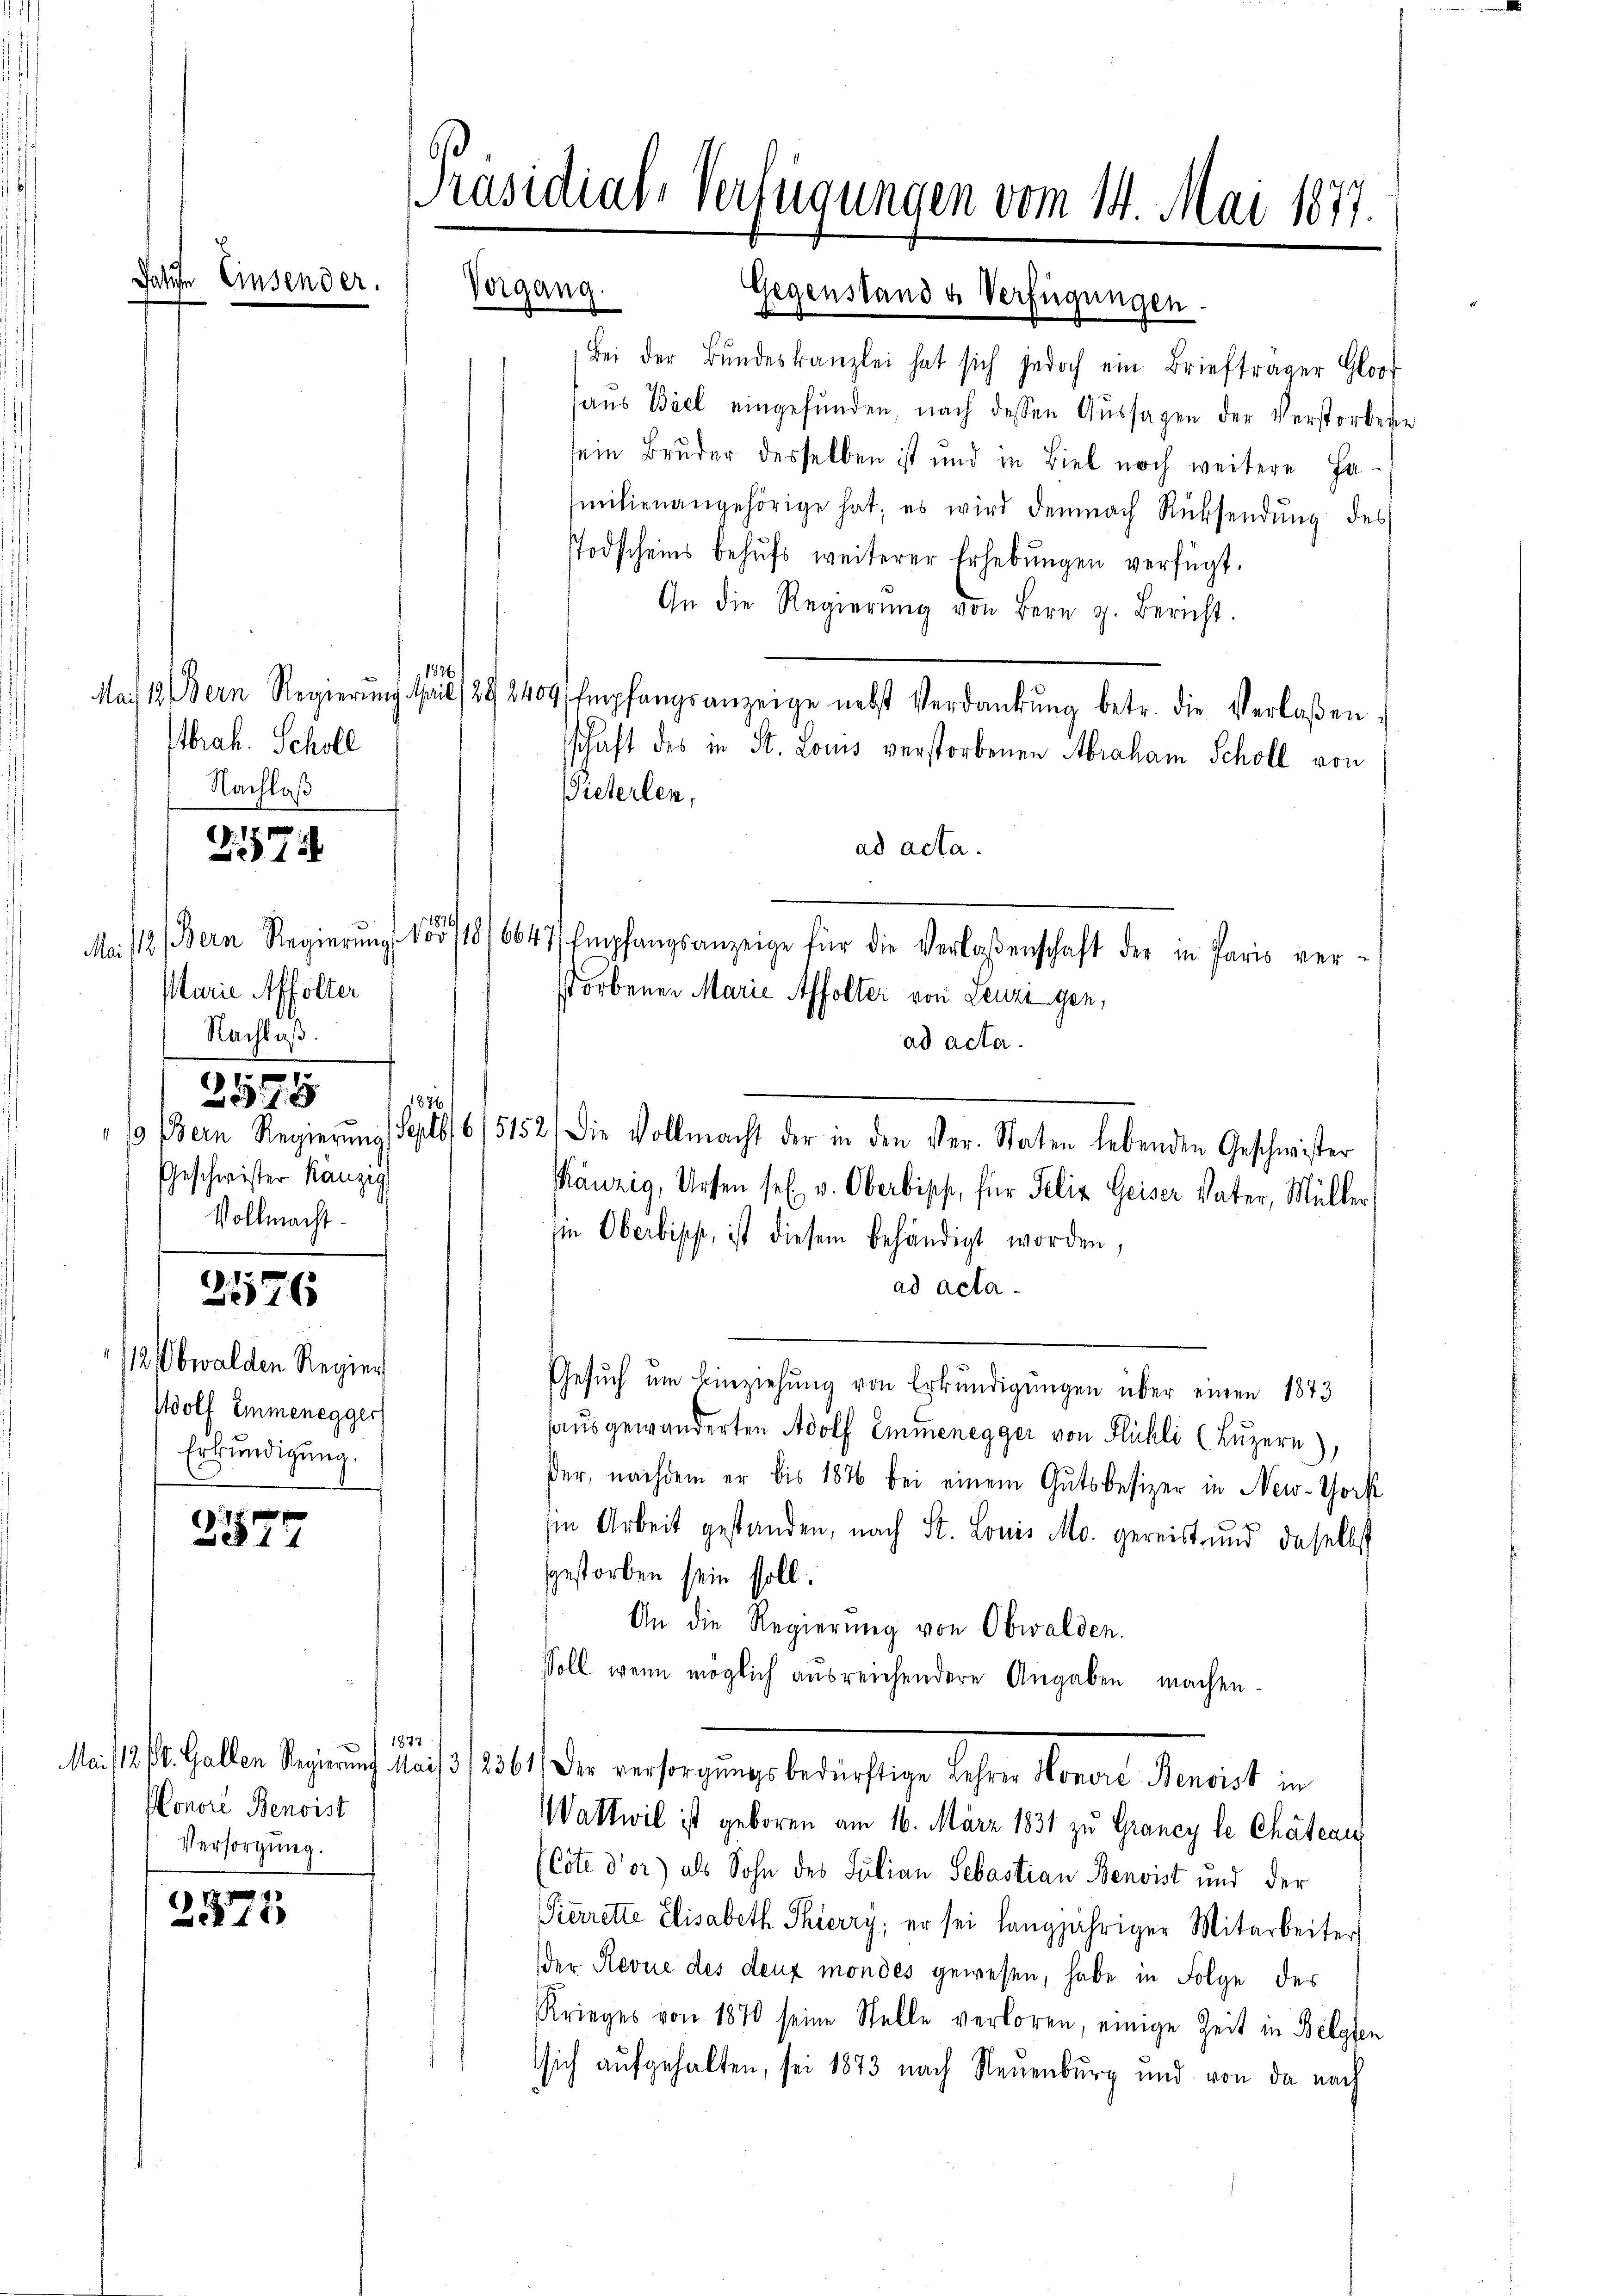
Jahre Einsend

2526

C. J.
577

2171

1884
Abrah. Scholl
Nachlaß
Nr. 171
15

Marie Affolter
Nachlaß.
15
9

Geschwister Kanzig
Vollmacht.

/12. Obwalden Regier
Wolf Emmenegger
Erkundigung.

1876

1877
Honore Benoist
Versorgung.

Präsidial-Verfügungen vom 14. Mai 1877.

Vergang

Bei der Bŭndeskanzlei hat sich jedoch ein Briefträger Gloo
haus Biel eingefŭnden, nach dessen Aŭssagen der Verstorbene
sein Bruder desselben ist und in Biel noch weitere Fa-
milienangehörige hat; es wird demnach Rücksendŭng des
TTodscheins behufs weiterer Erhebungen verfügt.
An die Regierŭng von Bern z. Bericht.
Mai 18. Bern Regierŭng April 292404 Empfangsanzeige nebst Verdankŭng betr. die Verlaßen
sschaft des in St. Louis verstorbenen Abraham Scholl von
Pielerlen,
ad acta.
Mo. 12 (Bern Regierŭng 185/18/6647/ Empfangsanzeige für die Verlassenschaft der in Paris ver-
storbenen Marie Affolter von Leuzigen,
ad acta.
/3 Bern Regierŭng Septb/6/5152) Die Vollmacht der in den Ver- Staten lebenden Geschwister
Känzig, Uesen sel. v. Oberbiss, für Felix Geiser Vater, Müller,
sie Oberbiss, ist diesem behändigt worden,
ad acta
Gesŭch ŭm Einziehŭng von Erkŭndigŭngen über einen 1873
ausgewanderten Adolf Emmenegger von Flühli (Luzern),
der, nachdem er bis 1876 bei einem Gutsbesizer in New-York
sin Arbeit gestanden, nach St. Louis Mo. gereist und daselbst
gestorben sein soll.
An die Regierung von Obwalden.
soll, wenn möglich ausreichendere Angaben machen.
M./11. Galler Regierung Mai 3/56.) Der versorgungsbedürftige Lehren Monare Pensist in
Wattwil ist geboren am 16. März 1831 zu Graney le Chateau
(Cote d’or) als Sohn des Julian Sebastian Benvist und der
Pierrette Elisabeth Thierry, er sei langjähriger Mitarbeiter
der Revue des deux mondes gewesen, habe in Folge des
Krieges von 1870 seine Stelle verloren, einige Zeit in Belgien
sich aufgehalten, sei 1873 nach Neuenburg und von da nach